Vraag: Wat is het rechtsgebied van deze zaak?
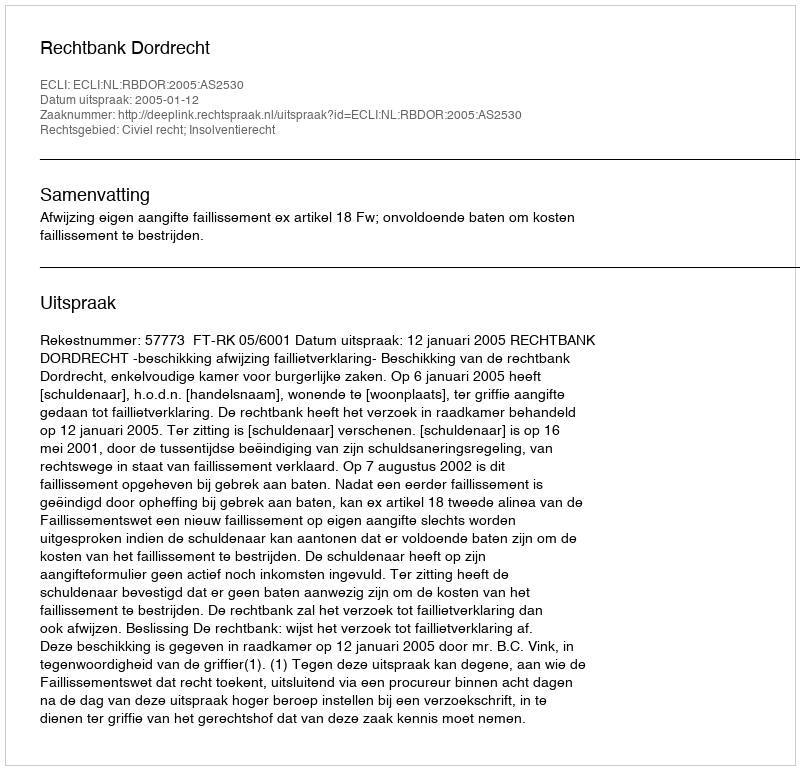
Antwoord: Civiel recht; Insolventierecht